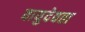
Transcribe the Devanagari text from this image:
वायुदेवता